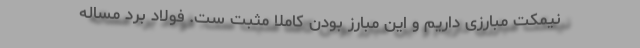
نیمکت مبارزی داریم و این مبارز بودن کاملا مثبت ست. فولاد برد مساله